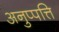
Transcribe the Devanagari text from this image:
अनुप्पत्ति